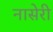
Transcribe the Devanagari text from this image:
नासेरी